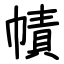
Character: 幘